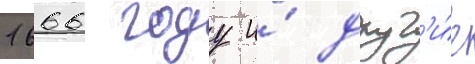
1666 году и́ друг'и́е